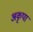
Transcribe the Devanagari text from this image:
अकृपा